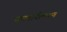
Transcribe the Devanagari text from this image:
समवायीकरण